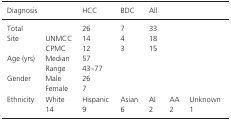
<table><thead><tr><td colspan="2"><b>Diagnosis</b></td><td><b>HCC</b></td><td><b>BDC</b></td><td><b>All</b></td><td></td><td></td></tr></thead><tbody><tr><td colspan="2">Total</td><td>26</td><td>7</td><td>33</td><td></td><td></td></tr><tr><td rowspan="2">Site</td><td>UNMCC</td><td>14</td><td>4</td><td>18</td><td></td><td></td></tr><tr><td>CPMC</td><td>12</td><td>3</td><td>15</td><td></td><td></td></tr><tr><td rowspan="2">Age (yrs)</td><td>Median</td><td colspan="2">57</td><td></td><td></td><td></td></tr><tr><td>Range</td><td colspan="2">43–77</td><td></td><td></td><td></td></tr><tr><td rowspan="2">Gender</td><td>Male</td><td colspan="2">26</td><td></td><td></td><td></td></tr><tr><td>Female</td><td colspan="2">7</td><td></td><td></td><td></td></tr><tr><td rowspan="2">Ethnicity</td><td>White</td><td>Hispanic</td><td>Asian</td><td>AI</td><td>AA</td><td>Unknown</td></tr><tr><td>14</td><td>9</td><td>6</td><td>2</td><td>2</td><td>1</td></tr></tbody></table>